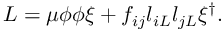
{ \cal L } = \mu \phi \phi \xi + f _ { i j } l _ { i L } l _ { j L } \xi ^ { \dagger } .